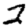
Digit: 2